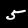
Label: 5